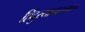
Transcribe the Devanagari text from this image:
हिंदुस्थानासमोरच